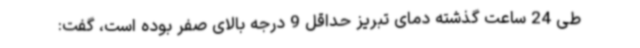
طی 24 ساعت گذشته دمای تبریز حداقل 9 درجه بالای صفر بوده است، گفت: